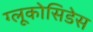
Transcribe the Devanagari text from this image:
ग्लूकोसिडेस